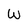
Character: W